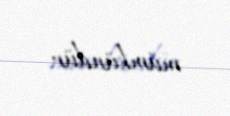
mümkündür.